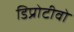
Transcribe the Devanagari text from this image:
डिप्रोटीवो